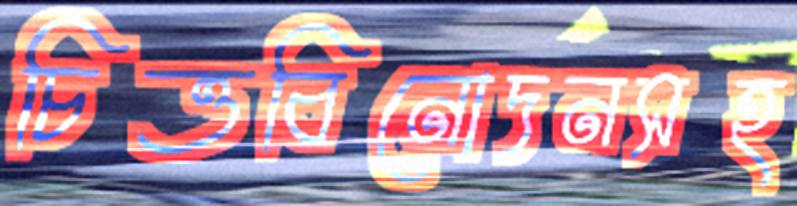
চিত্তবিনোদনসহ